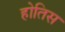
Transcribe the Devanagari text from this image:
होतिस